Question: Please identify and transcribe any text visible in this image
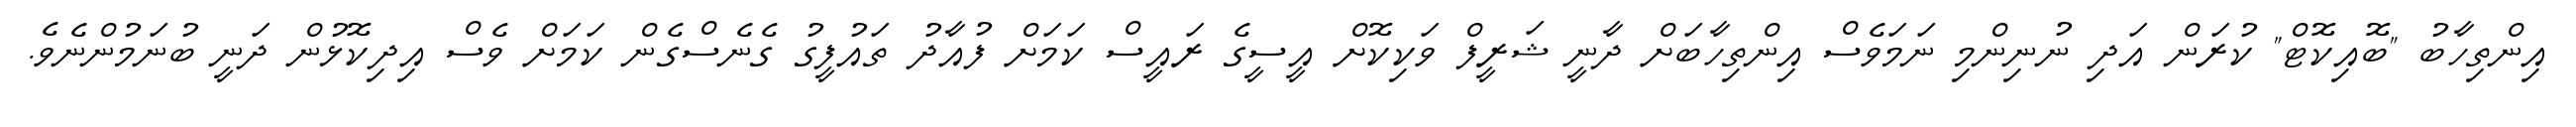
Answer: އިންތިހާބު "ބޮއިކޮޓް" ކުރަން އަދި ނުނިންމި ނަމަވެސް އިންތިހާބަށް ދާނީ ޝަރީފް ވަކިކޮށް އީސީގެ ރައީސް ކަމަށް ފުއާދު ތައުފީގު ގެނެސްގެން ކަމަށް ވެސް އިދިކޮޅުން ދަނީ ބުނަމުންނެވެ.